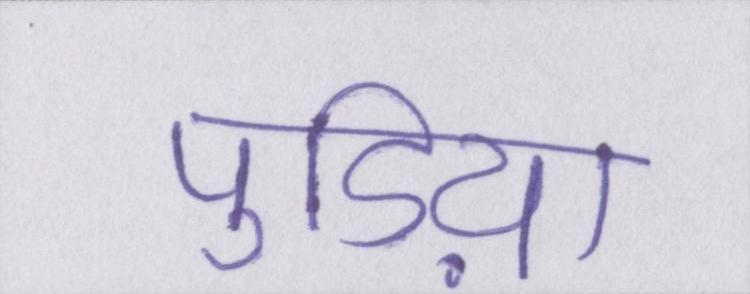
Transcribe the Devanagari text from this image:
पुडिय़ा